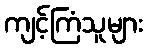
ကျင့်ကြံသူများ